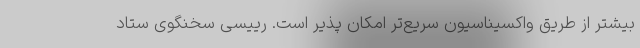
بیشتر از طریق واکسیناسیون سریع‌تر امکان پذیر است. رییسی سخنگوی ستاد